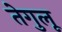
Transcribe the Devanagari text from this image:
तेगुलू